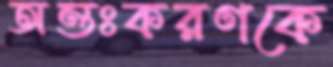
অন্তঃকরণকে